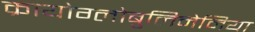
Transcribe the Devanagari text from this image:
क्रायोग्लोबुलिनेमिया